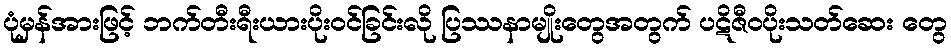
ပုံမှန်အားဖြင့် ဘက်တီးရီးယားပိုးဝင်ခြင်းလို ပြဿနာမျိုးတွေအတွက် ပဋိဇီဝပိုးသတ်ဆေး တွေ